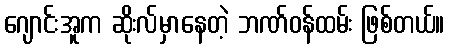
ဂျောင်းအူက ဆိုးလ်မှာနေတဲ့ ဘဏ်ဝန်ထမ်း ဖြစ်တယ်။